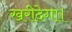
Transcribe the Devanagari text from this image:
खरीदेगा।